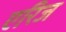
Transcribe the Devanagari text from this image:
एरिज